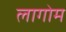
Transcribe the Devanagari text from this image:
लागोम